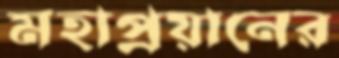
মহাপ্রয়ানের